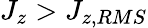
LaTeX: J_{z}>J_{z,RMS}